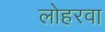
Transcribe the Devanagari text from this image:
लोहरवा